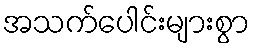
အသက်ပေါင်းများစွာ